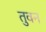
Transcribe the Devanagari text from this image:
तुवन